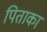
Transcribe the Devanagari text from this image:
पिताका